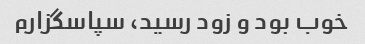
خوب بود و زود رسید، سپاسگزارم